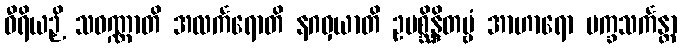
ဝီရိယဉှိ သဝဏ္ဏာတိ အလင်္ကရောတိ နဂဝှယာတိ ဥပစ္ဆိန္ဒိတဗ္ဗံ အာဟာရော ပက္ခသင်္ကန္တာ